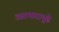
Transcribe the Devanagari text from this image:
आरमारापुढे